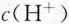
c(H^{+})